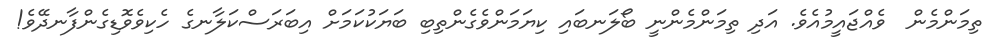
ތިމަންމެން  ވެއްޖައީމުއެވެ. އަދި ތިމަންމެންނީ ބޯލަނބައި ކިޔަމަންވެގެންތިބި ބަޔަކުކަމަށް އިބަރަސްކަލާނގެ ހެކިވެވޮޑިގެންފާނދޭވެ!